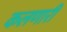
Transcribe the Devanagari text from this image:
कलणारी